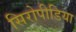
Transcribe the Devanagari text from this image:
सिरोपीडिया